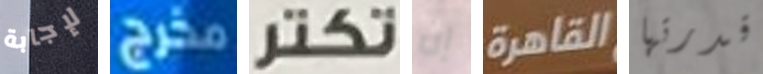
لإجابة مخرج تكتر إن القاهرة قدرتها